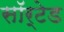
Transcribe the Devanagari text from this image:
सॉर्टेड